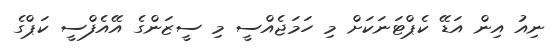
ނިއު އިން އަޑޭ ކެޕްޓަނަކަށް މި ހަމަޖެއްސީ މި ސީޒަންގެ އޭއެފްސީ ކަޕްގެ